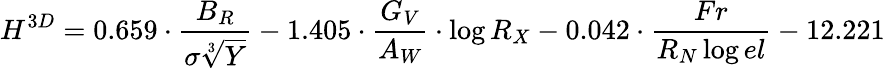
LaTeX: {H^{3D}=0.659\cdot\frac{B_{R}}{\sigma\sqrt[3]{Y}}-1.405\cdot\frac{G_{V}}{A_{W}}\cdot\log{R_{X}}-0.042\cdot\frac{Fr}{R_{N}\log{el}}-12.221}